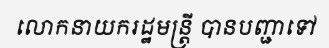
លោកនាយករដ្ឋមន្ត្រី បានបញ្ជាទៅ